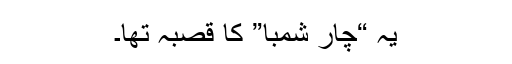
یہ “چار شمبا” کا قصبہ تھا۔